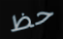
حظ